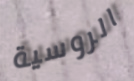
الروسية